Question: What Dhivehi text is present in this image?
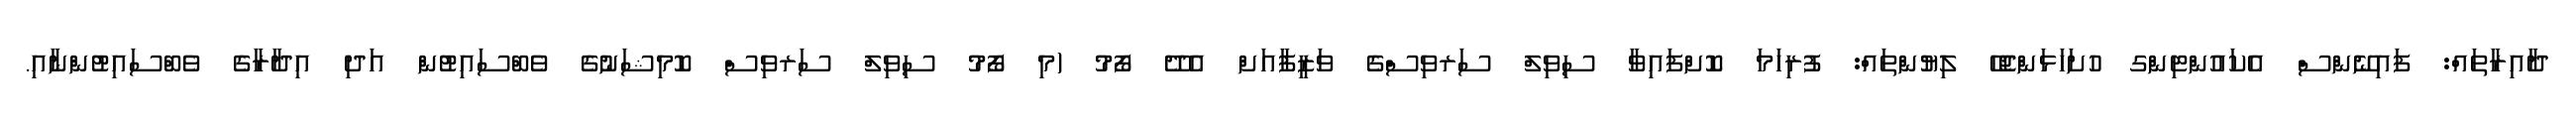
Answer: ދާއިރާތައް: ފައިނޭންސް އެކައުންޓިންގ ހުށަހަޅަންޖެހޭ ލިޔުންތައް: ފުރިހަމަ ކޮށްފައިވާ ސިވިލް ސަރވިސްގެ ވަޒީފާއަށް އެދޭ ފޯމު (މި ފޯމު ސިވިލް ސަރވިސް ކޮމިޝަނުގެ ވެބްސައިޓުން އަދި އިދާރާގެ ވެބްސައިޓުންނާއި.